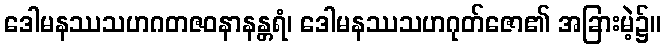
ဒေါမနဿသဟဂတဇဝနာနန္တရံ၊ ဒေါမနဿသဟဂုတ်ဇော၏ အခြားမဲ့၌။